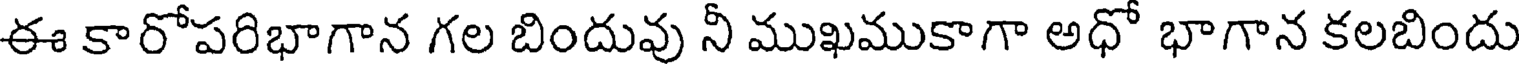
ఈ కారోపరిభాగాన గల బిందువు నీ ముఖముకాగా అధో భాగాన కలబిందు